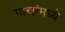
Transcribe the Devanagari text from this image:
गाद्यांमध्ये